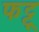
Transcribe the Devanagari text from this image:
फट्टू